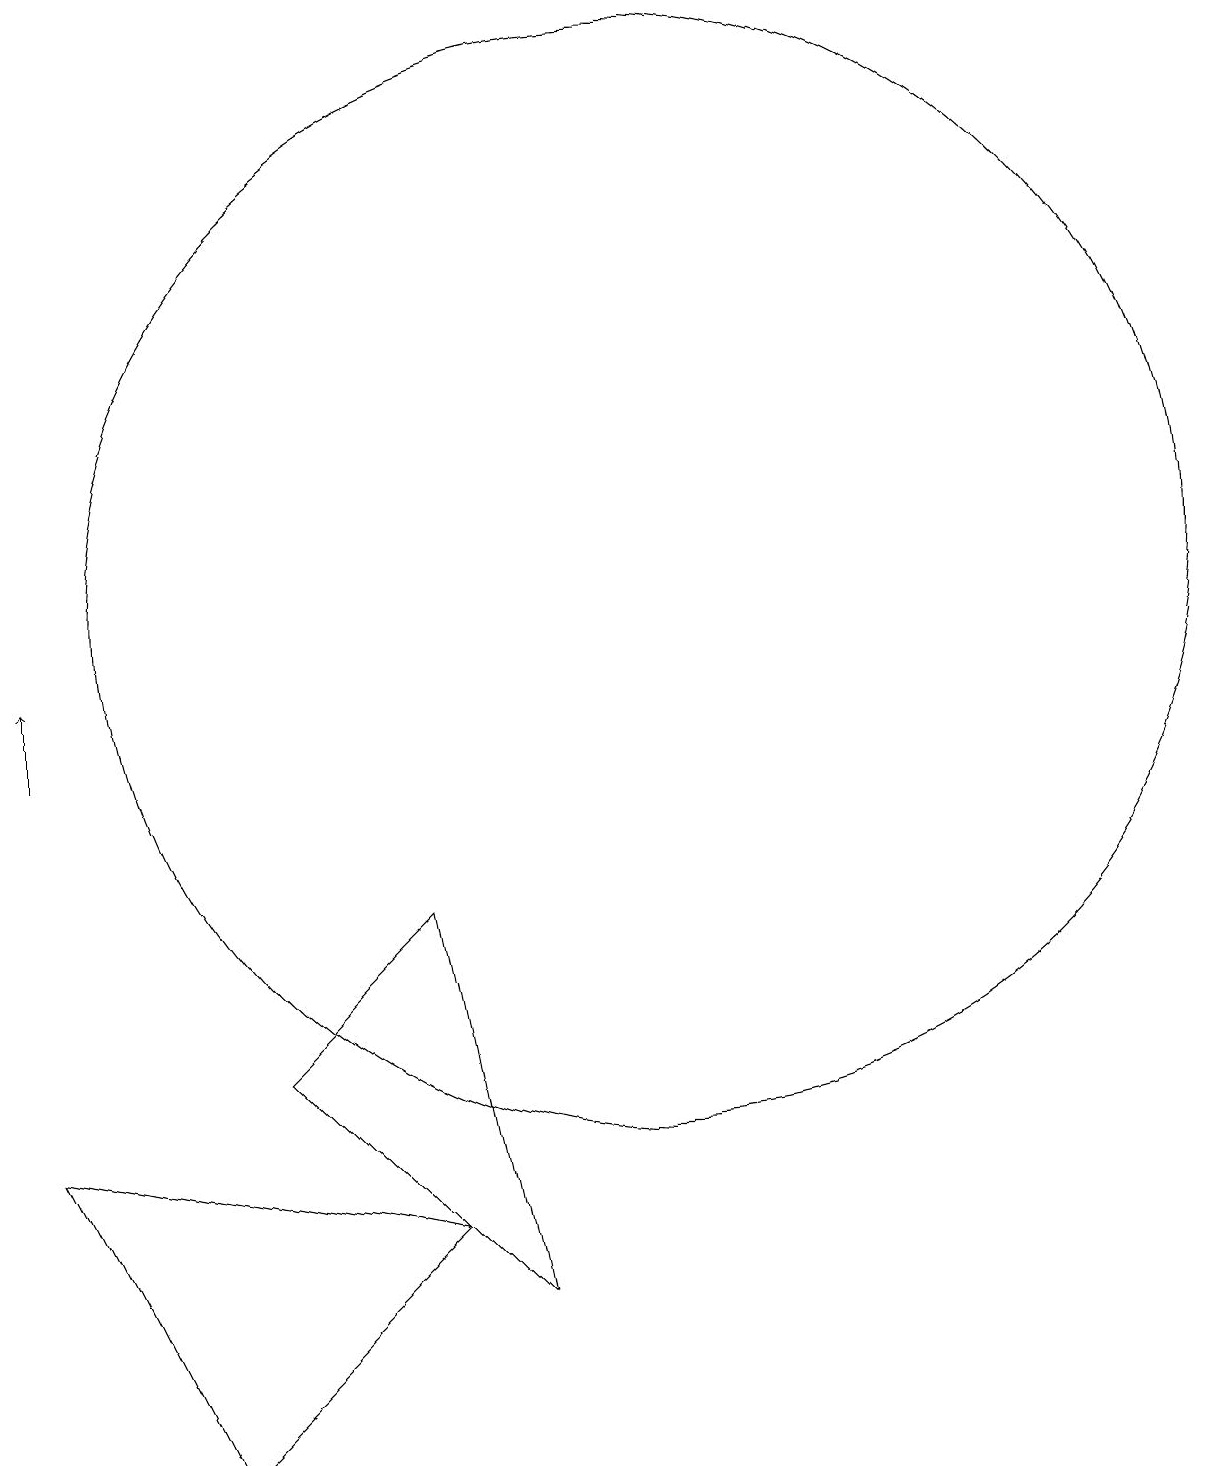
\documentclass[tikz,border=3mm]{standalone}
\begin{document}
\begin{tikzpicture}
\draw (3,5) -- (8,4) -- (5,1) -- cycle;
\draw[->] (3,10) -- (3,11);
\draw (9,3) -- (6,6) -- (8,8) -- cycle;
\draw (11,12) circle (7);
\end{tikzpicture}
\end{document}